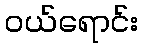
ဝယ်ရောင်း